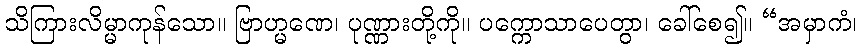
သိကြားလိမ္မာကုန်သော။ ဗြာဟ္မဏေ၊ ပုဏ္ဏားတို့ကို။ ပက္ကောသာပေတွာ၊ ခေါ်စေ၍။ “အမှာကံ၊